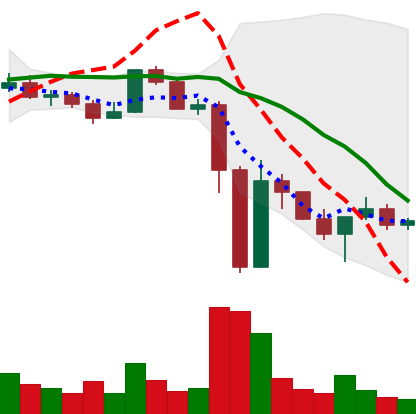
Ticker: XLM-USD
Chart end date: 2022-11-17
Forward return: -3.765%
Label: down_3_5